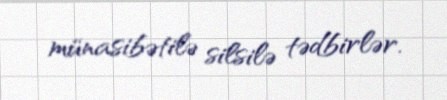
münasibətilə silsilə tədbirlər.